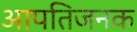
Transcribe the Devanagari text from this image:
आपतिजनक